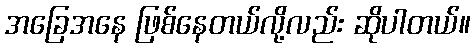
အခြေအနေ ဖြစ်နေတယ်လို့လည်း ဆိုပါတယ်။